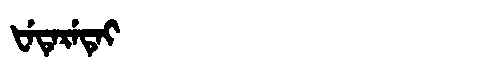
Manchu: ᡶᡝᡨᡝᡵᡝᡨᡝᡳ
Romanization: FETERETEI